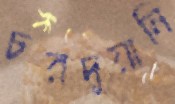
চরদুয়ানি